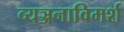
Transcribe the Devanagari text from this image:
व्यञ्जनाविमर्श